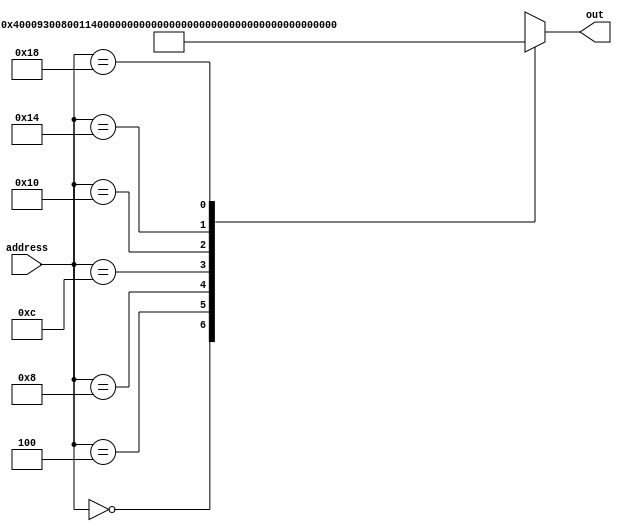
module ROM(out,address);

output reg [31:0] out;

input [31:0] address;


always @(address) begin
//00000203
	case (address)
	32'h00: out <= 32'h00400093; //addi 1
	32'h04: out <= 32'h00800113; // addi2
	32'h08: out <= 32'h002081B3;//Add
	32'h0c: out <= 32'h00100023; // store 1
	32'h10: out <= 32'h00200223; // Store 2
	32'h14: out <= 32'h00000203; // Load 1
	32'h18: out <= 32'h40210463; // beq
	
  // 8'h00: out <= 32'h00450693;//0000000 00100 01010 000 01101 0010011
  // 8'h04: out <= 32'h00100713;//0000000 00001 00000 000 01110 0010011
  // 8'h08: out <= 32'h00b76463;//0000000 01011 01110 110 01000 1100011
  // 8'h0c: out <= 32'h00008067;//0000000 00000 00001 000 00000 1100111
  // 8'h10: out <= 32'h0006a803;//0000000 00000 01101 010 10000 0000011
  // 8'h14: out <= 32'h00068613;//0000000 00000 01101 000 01100 0010011
  // 8'h18: out <= 32'h00070793;//0000000 00000 01110 000 01111 0010011
  // 8'h1c: out <= 32'hffc62883;//1111111 11100 01100 010 10001 0000011
  // 8'h20: out <= 32'h01185a63;//0000000 10001 10000 101 10100 1100011
   //8'h24: out <= 32'h01162023;//0000000 10001 01100 010 00000 0100011
   //8'h28: out <= 32'hfff78793;//1111111 11111 01111 000 01111 0010011
   //8'h2c: out <= 32'hffc60613;//1111111 11100 01100 000 01100 0010011
  // 8'h30: out <= 32'hfe0796e3;//1111111 00000 01111 001 01101 1100011
  // 8'h34: out <= 32'h00279793;//0000000 00010 01111 001 01111 0010011
   //8'h38: out <= 32'h00f507b3;//0000000 01111 01010 000 01111 0110011
   //8'h3c: out <= 32'h0107a023;//0000000 10000 01111 010 00000 0100011
   //8'h40: out <= 32'h00170713;//0000000 00001 01110 000 01110 0010011
   //8'h44: out <= 32'h00468693;//0000000 00100 01101 000 01101 0010011
   //8'h48: out <= 32'hfc1ff06f;//1111110 00001 11111 111 00000 1101111
	default: out <= 32'hxxxxxxxx;// nothing


endcase

end

endmodule